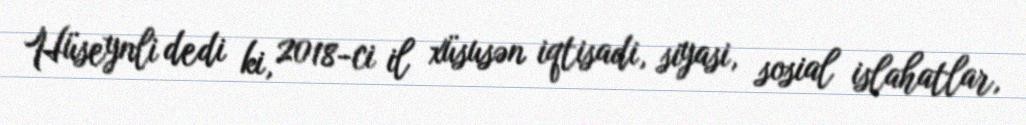
Hüseynli dedi ki, 2018-ci il xüsusən iqtisadi, siyasi, sosial islahatlar,